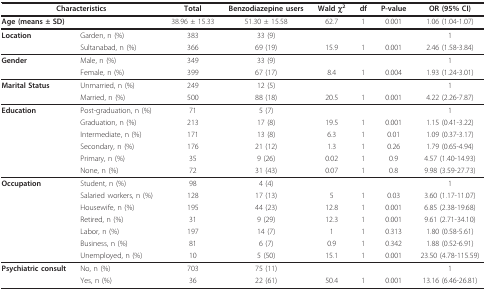
<table><thead><tr><td colspan="2"><b>Characteristics</b></td><td><b>Total</b></td><td><b>Benzodiazepine users</b></td><td><b>Wald χ<sup>2</sup></b></td><td><b>df</b></td><td><b>P-value</b></td><td><b>OR (95% CI)</b></td></tr></thead><tbody><tr><td><b>Age (means ± SD)</b></td><td></td><td>38.96 ± 15.33</td><td>51.30 ± 15.58</td><td>62.7</td><td>1</td><td>0.001</td><td>1.06 (1.04-1.07)</td></tr><tr><td><b>Location</b></td><td>Garden, n (%)</td><td>383</td><td>33 (9)</td><td></td><td></td><td></td><td>1</td></tr><tr><td></td><td>Sultanabad, n (%)</td><td>366</td><td>69 (19)</td><td>15.9</td><td>1</td><td>0.001</td><td>2.46 (1.58-3.84)</td></tr><tr><td><b>Gender</b></td><td>Male, n (%)</td><td>349</td><td>33 (9)</td><td></td><td></td><td></td><td>1</td></tr><tr><td></td><td>Female, n (%)</td><td>399</td><td>67 (17)</td><td>8.4</td><td>1</td><td>0.004</td><td>1.93 (1.24-3.01)</td></tr><tr><td><b>Marital Status</b></td><td>Unmarried, n (%)</td><td>249</td><td>12 (5)</td><td></td><td></td><td></td><td>1</td></tr><tr><td></td><td>Married, n (%)</td><td>500</td><td>88 (18)</td><td>20.5</td><td>1</td><td>0.001</td><td>4.22 (2.26-7.87)</td></tr><tr><td><b>Education</b></td><td>Post-graduation, n (%)</td><td>71</td><td>5 (7)</td><td></td><td></td><td></td><td>1</td></tr><tr><td></td><td>Graduation, n (%)</td><td>213</td><td>17 (8)</td><td>19.5</td><td>1</td><td>0.001</td><td>1.15 (0.41-3.22)</td></tr><tr><td></td><td>Intermediate, n (%)</td><td>171</td><td>13 (8)</td><td>6.3</td><td>1</td><td>0.01</td><td>1.09 (0.37-3.17)</td></tr><tr><td></td><td>Secondary, n (%)</td><td>176</td><td>21 (12)</td><td>1.3</td><td>1</td><td>0.26</td><td>1.79 (0.65-4.94)</td></tr><tr><td></td><td>Primary, n (%)</td><td>35</td><td>9 (26)</td><td>0.02</td><td>1</td><td>0.9</td><td>4.57 (1.40-14.93)</td></tr><tr><td></td><td>None, n (%)</td><td>72</td><td>31 (43)</td><td>0.07</td><td>1</td><td>0.8</td><td>9.98 (3.59-27.73)</td></tr><tr><td><b>Occupation</b></td><td>Student, n (%)</td><td>98</td><td>4 (4)</td><td></td><td></td><td></td><td>1</td></tr><tr><td></td><td>Salaried workers, n (%)</td><td>128</td><td>17 (13)</td><td>5</td><td>1</td><td>0.03</td><td>3.60 (1.17-11.07)</td></tr><tr><td></td><td>Housewife, n (%)</td><td>195</td><td>44 (23)</td><td>12.8</td><td>1</td><td>0.001</td><td>6.85 (2.38-19.68)</td></tr><tr><td></td><td>Retired, n (%)</td><td>31</td><td>9 (29)</td><td>12.3</td><td>1</td><td>0.001</td><td>9.61 (2.71-34.10)</td></tr><tr><td></td><td>Labor, n (%)</td><td>197</td><td>14 (7)</td><td>1</td><td>1</td><td>0.313</td><td>1.80 (0.58-5.61)</td></tr><tr><td></td><td>Business, n (%)</td><td>81</td><td>6 (7)</td><td>0.9</td><td>1</td><td>0.342</td><td>1.88 (0.52-6.91)</td></tr><tr><td></td><td>Unemployed, n (%)</td><td>10</td><td>5 (50)</td><td>15.1</td><td>1</td><td>0.001</td><td>23.50 (4.78-115.59)</td></tr><tr><td><b>Psychiatric consult</b></td><td>No, n (%)</td><td>703</td><td>75 (11)</td><td></td><td></td><td></td><td>1</td></tr><tr><td></td><td>Yes, n (%)</td><td>36</td><td>22 (61)</td><td>50.4</td><td>1</td><td>0.001</td><td>13.16 (6.46-26.81)</td></tr></tbody></table>